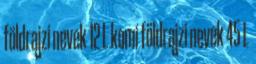
földrajzi nevek‎ 12 L komi földrajzi nevek‎ 45 L